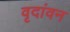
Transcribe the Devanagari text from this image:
वृदांवन